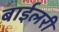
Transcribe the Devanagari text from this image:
बाईलरी